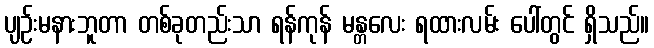
ပျဉ်းမနားဘူတာ တစ်ခုတည်းသာ ရန်ကုန် မန္တလေး ရထားလမ်း ပေါ်တွင် ရှိသည်။